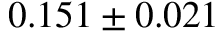
0 . 1 5 1 \pm 0 . 0 2 1